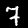
Label: 7